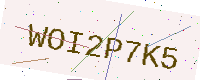
Text: WOI2P7K5